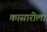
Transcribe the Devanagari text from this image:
कासारीला